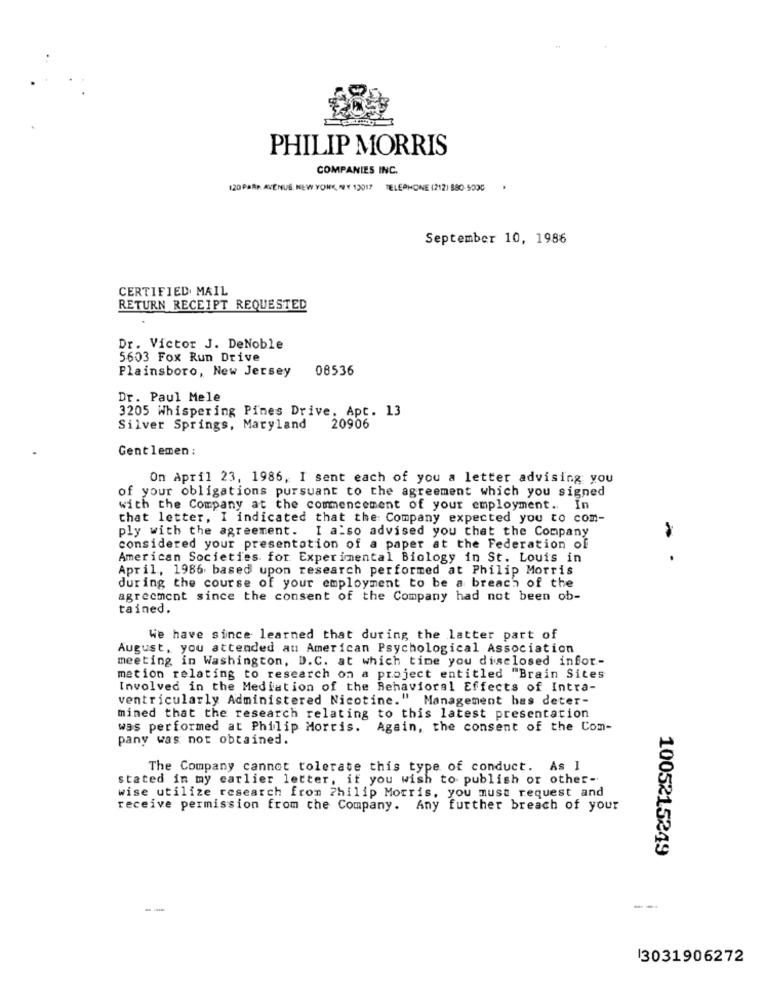
PHILIP MORRIS
COMPANIES INC.
120 PARA. AVENUS. NEW YORK, NY 13017 TELEPHONE (212) 880-9000
September 10, 1986
CERTIFIED MAIL
RETURN RECEIPT REQUESTED
Dr. Victor J. DeNoble
5603 Fox Run Drive
Plainsboro, New Jersey
08536
Dr. Paul Mele
3205 Whispering Pines Drive. Apt. 13
Silver Springs, Maryland
20906
Gentlemen :
On April 23, 1986, I sent each of you a letter advising you
of your obligations pursuant to the agreement which you signed
with the Company at the commencement of your employment. In
that letter, I indicated that the Company expected you to com-
ply with the agreement. I also advised you that the Company
considered your presentation of a paper at the Federation of
American Societies for Experimental Biology in St. Louis in
April, 1986 based upon research performed at Philip Morris
during the course of your employment to be a breach of the
agreement since the consent of the Company had not been ob-
tained.
We have since learned that during the latter part of
August, you attended an American Psychological Association
meeting in Washington, D.C. at which time you disclosed infor-
mation relating to research on a project entitled "Brain Sites
Involved in the Mediation of the Behavioral Effects of Intra-
ventricularly Administered Nicotine." Management has deter-
mined that the research relating to this latest presentation
was performed at Philip Morris.
Again, the consent of the Com-
pany was not obtained.
The Company cannot tolerate this type of conduct. As I
stated in my carlier letter, if you wish to publish or other-
wise utilize research from Philip Morris, you must request and
receive permission from the Company. Any further breach of your
1005215249
---
13031906272